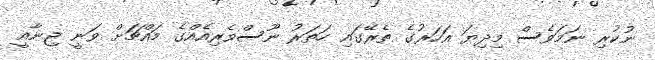
ނުކުރި ނަމަވެސް މިދިޔަ އަހަރުގެ ތެރޭގައި ހަތަރު ނޫސްވެރިއެއްގެ މައްޗަށް ވަނީ ޖިނާއީ